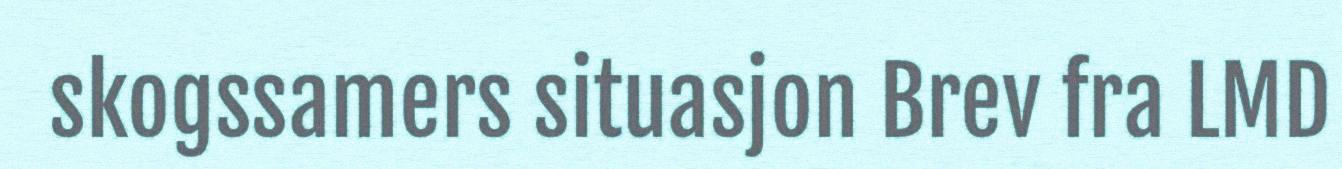
skogssamers situasjon Brev fra LMD